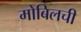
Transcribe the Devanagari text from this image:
मोबिलची